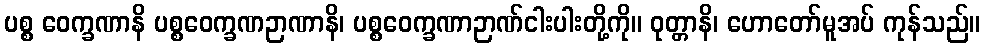
ပစ္စ ဝေက္ခဏာနိ ပစ္စဝေက္ခဏဉာဏာနိ၊ ပစ္စဝေက္ခဏာဉာဏ်ငါးပါးတို့ကို။ ဝုတ္တာနိ၊ ဟောတော်မူအပ် ကုန်သည်။